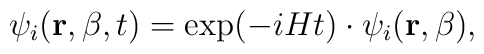
\psi _i({\bf r},\beta ,t)=\exp (-iHt)\cdot \psi _i({\bf r},\beta ),